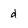
Character: d